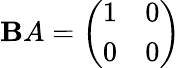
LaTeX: \mathbf{B}A={\left(\begin{array}{ll}{1}&{0}\\ {0}&{0}\end{array}\right)}